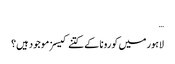
…
لاہور میں کورونا کے کتنے کیسز موجود ہیں؟